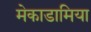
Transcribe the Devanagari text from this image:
मेकाडामिया